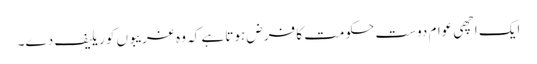
ایک اچھی عوام دوست حکومت کا فرض ہوتا ہے کہ وہ غریبوں کو ریلیف دے۔